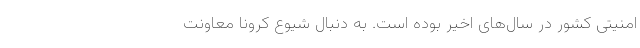
امنیتی کشور در سال‌های اخیر بوده است. به دنبال شیوع کرونا معاونت